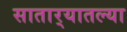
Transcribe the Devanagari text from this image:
सातार्‍यातल्या